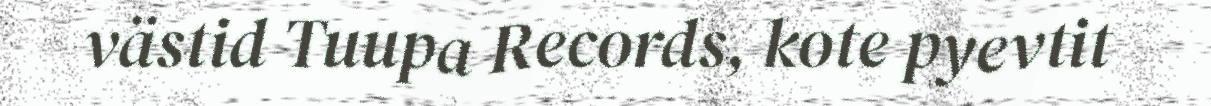
västid Tuupa Records, kote pyevtit